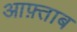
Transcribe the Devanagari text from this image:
आफ़्ताब